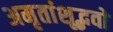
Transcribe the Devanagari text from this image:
अमृतांशूद्भवो